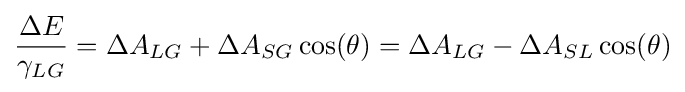
{\frac {\Delta E}{\gamma _{LG}}}=\Delta A_{LG}+\Delta A_{SG}\cos(\theta )=\Delta A_{LG}-\Delta A_{SL}\cos(\theta )